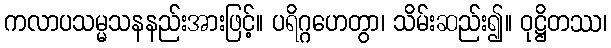
ကလာပသမ္မသနနည်းအားဖြင့်။ ပရိဂ္ဂဟေတွာ၊ သိမ်းဆည်း၍။ ဝုဋ္ဌိတဿ၊